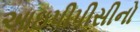
આઇપીપીસીનો